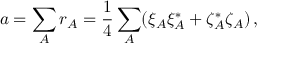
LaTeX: a = \sum _ { A } r _ { A } = { \frac { 1 } { 4 } } \sum _ { A } ( \xi _ { A } \xi _ { A } ^ { * } + \zeta _ { A } ^ { * } \zeta _ { A } ) \, ,